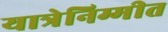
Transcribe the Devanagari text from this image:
यात्रेनिम्मीत